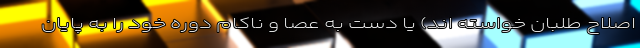
اصلاح طلبان خواسته اند) یا دست به عصا و ناکام دوره خود را به پایان